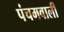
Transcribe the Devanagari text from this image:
पंचमवाली